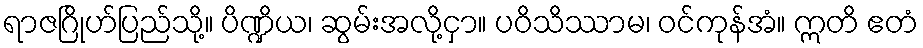
ရာဇဂြိုဟ်ပြည်သို့။ ပိဏ္ဍိယ၊ ဆွမ်းအလို့ငှာ။ ပဝိသိဿာမ၊ ဝင်ကုန်အံ။ ဣတိ ဧတံ